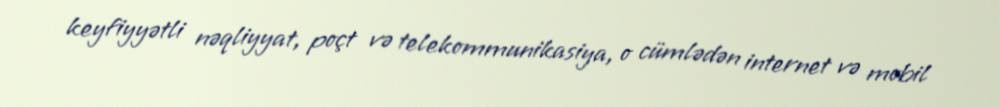
keyfiyyətli nəqliyyat, poçt və telekommunikasiya, o cümlədən internet və mobil